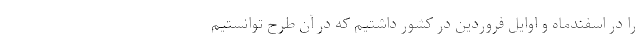
را در اسفندماه و اوایل فروردین در کشور داشتیم که در آن طرح توانستیم